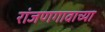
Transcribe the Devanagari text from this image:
रांजणगावाच्या